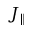
J _ { \parallel }